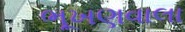
ભૂખણવાલા